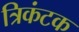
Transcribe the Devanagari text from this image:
त्रिकंटक